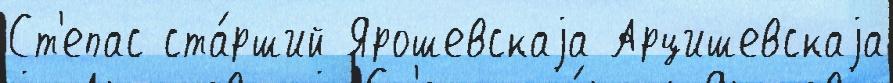
Ст'епас ста́рший Ярошевскаjа Арцишевскаjа